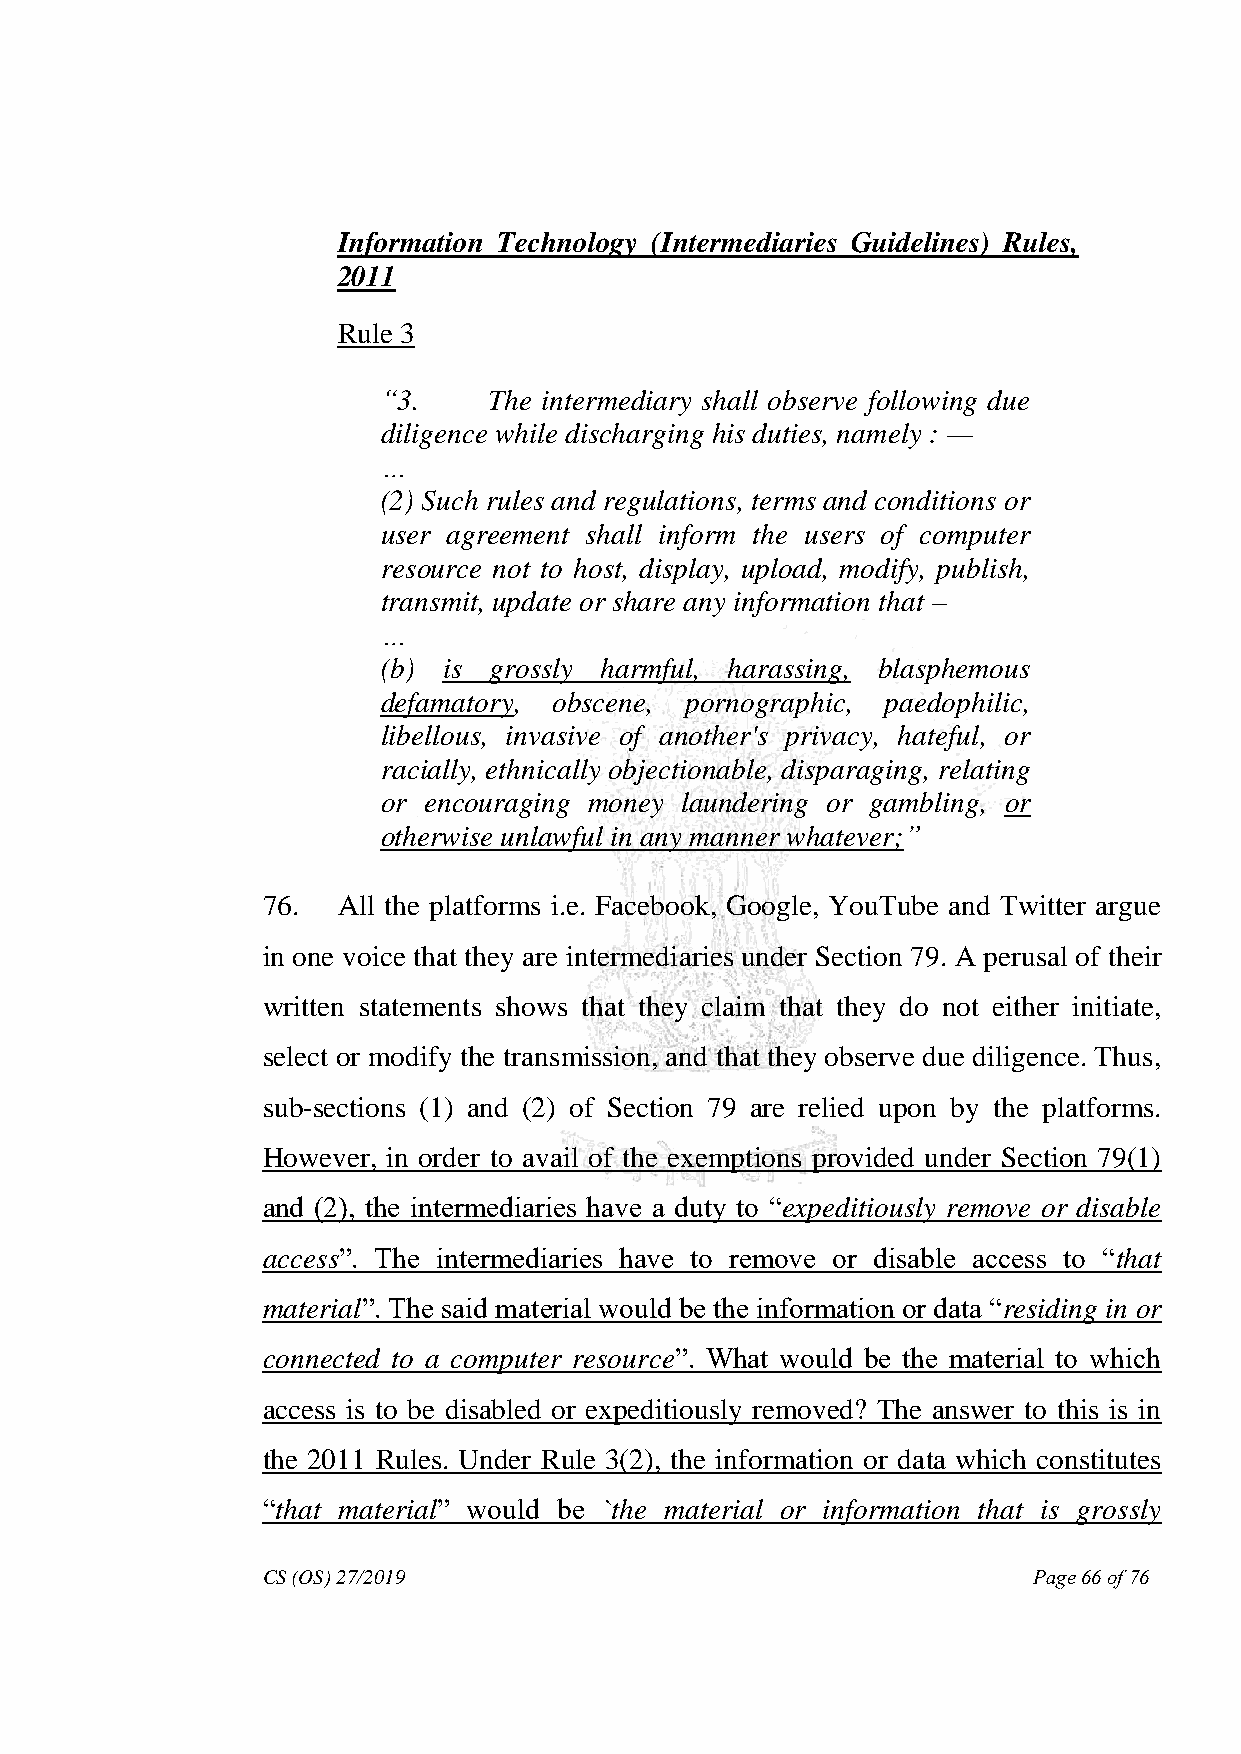
Information Technology (Intermediaries Guidelines) Rules,
 2011
 Rule 3
 ―3.    The intermediary shall observe following due
 diligence while discharging his duties, namely : —
 …
 (2) Such rules and regulations, terms and conditions or
 user agreement shall inform the users of computer
 resource not to host, display, upload, modify, publish,
 transmit, update or share any information that –
 …
 (b) is grossly harmful, harassing, blasphemous
 defamatory, obscene, pornographic, paedophilic,
 libellous, invasive of another's privacy, hateful, or
 racially, ethnically objectionable, disparaging, relating
 or encouraging money laundering or gambling, or
 otherwise unlawful in any manner whatever;‖
 76.  All the platforms i.e. Facebook, Google, YouTube and Twitter argue
 in one voice that they are intermediaries under Section 79. A perusal of their
 written statements shows that they claim that they do not either initiate,
 select or modify the transmission, and that they observe due diligence. Thus,
 sub-sections (1) and (2) of Section 79 are relied upon by the platforms.
 However, in order to avail of the exemptions provided under Section 79(1)
 and (2), the intermediaries have a duty to “expeditiously remove or disable
 access”. The intermediaries have to remove or disable access to “that
 material”. The said material would be the information or data “residing in or
 connected to a computer resource”. What would be the material to which
 access is to be disabled or expeditiously removed? The answer to this is in
 the 2011 Rules. Under Rule 3(2), the information or data which constitutes
 “that material” would be `the material or information that is grossly
 CS (OS) 27/2019                                    Page 66 of 76